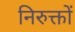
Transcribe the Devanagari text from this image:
निरुक्तों